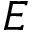
E